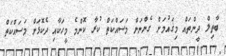
ބާތިލް ދީންތައް މިޤައުމަށް ގެންނަން މަސައްކަތް ކުރާ ކޮންމެ މީހަކާއި ދެކޮޅަށް މަސައްކަތް